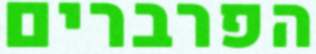
הפרברים